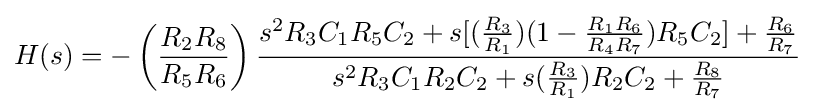
H(s)=-\left({\frac {R_{2}R_{8}}{R_{5}R_{6}}}\right){\frac {s^{2}R_{3}C_{1}R_{5}C_{2}+s[({\frac {R_{3}}{R_{1}}})(1-{\frac {R_{1}R_{6}}{R_{4}R_{7}}})R_{5}C_{2}]+{\frac {R_{6}}{R_{7}}}}{s^{2}R_{3}C_{1}R_{2}C_{2}+s({\frac {R_{3}}{R_{1}}})R_{2}C_{2}+{\frac {R_{8}}{R_{7}}}}}